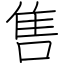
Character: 售